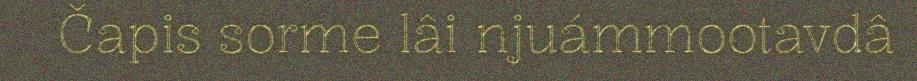
Čapis sorme lâi njuámmootavdâ